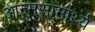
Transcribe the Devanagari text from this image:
आत्मसामार्थ्य